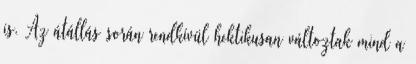
is. Az átállás során rendkívül hektikusan változtak mind a